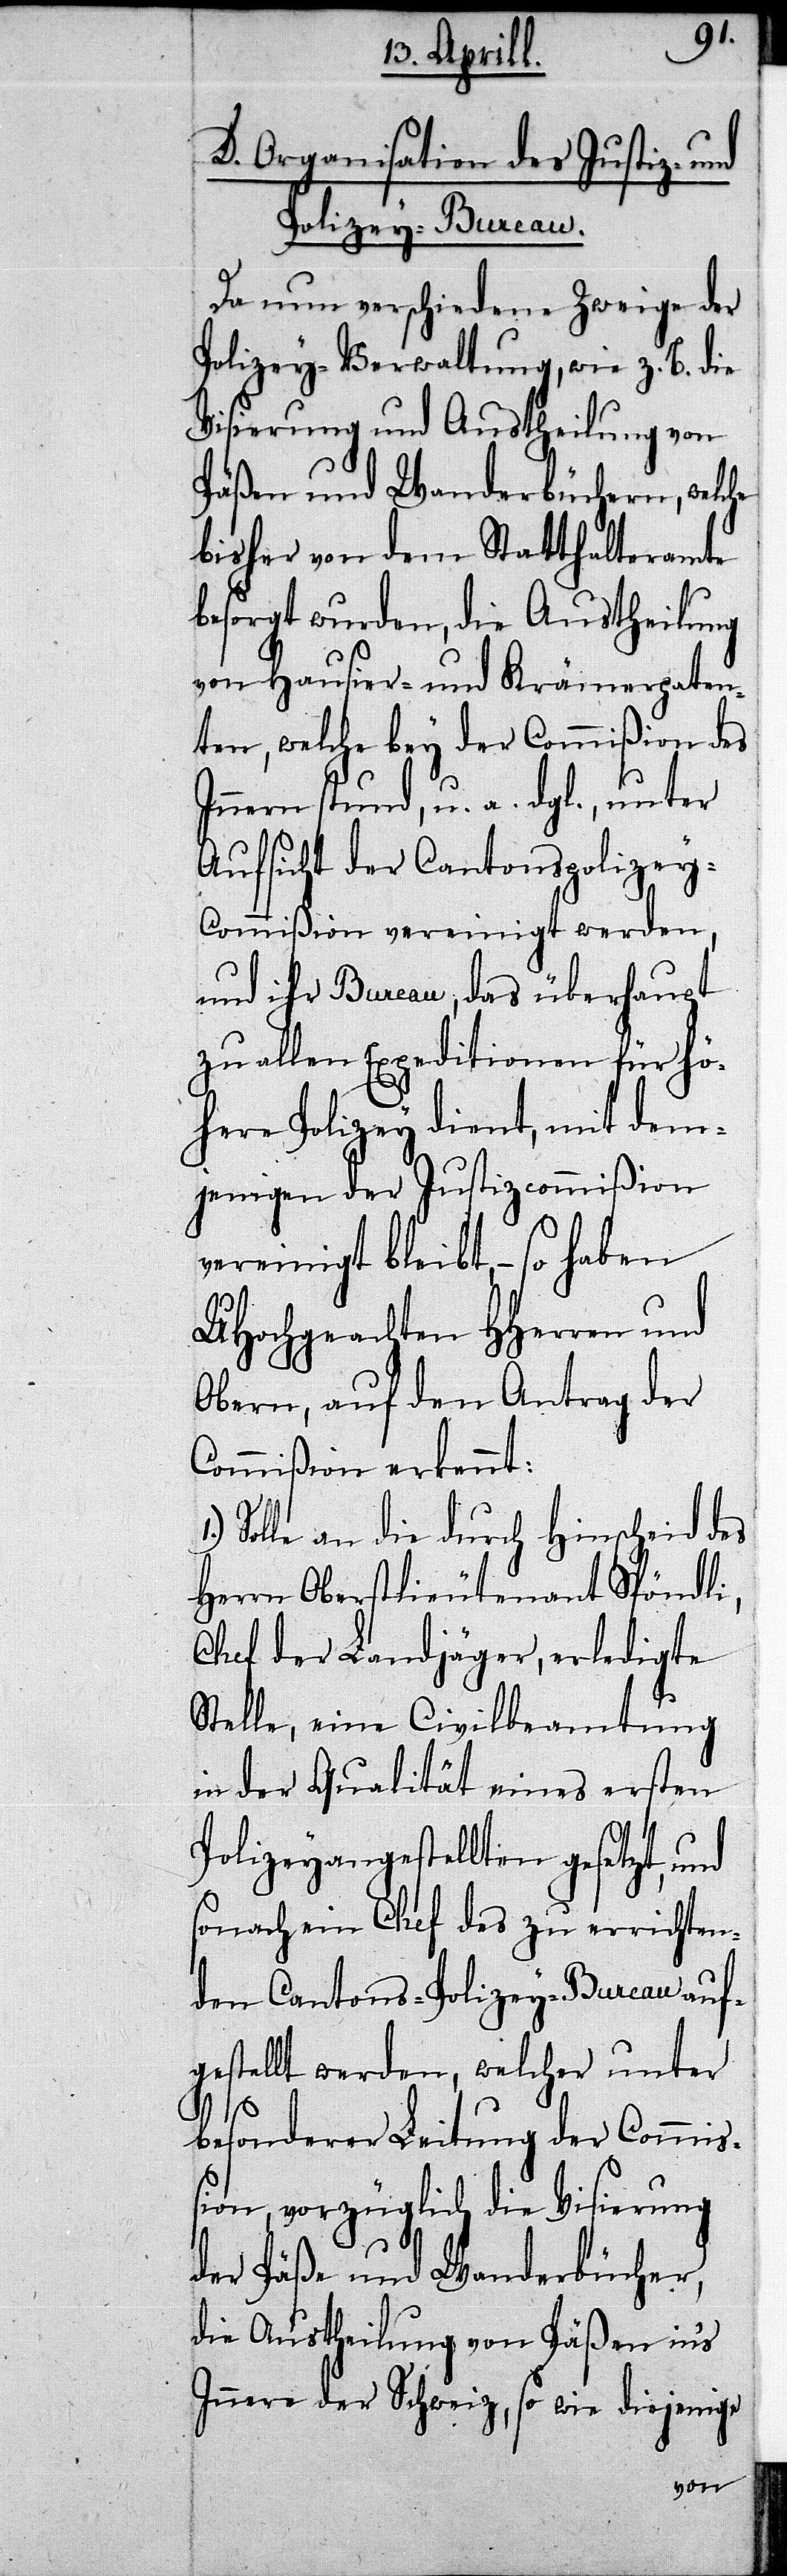
1.)
D. Organisation des Justiz- und
Polizey-Bureau.
Da nun verschiedene Zweige der
Polizey-Verwaltung, wie z.B. die
Visierung und Austheilung von
Päßen und Wanderbüchern, welche
bisher von dem Statthalteramte
besorgt wurden, die Austheilung
von Hausier- und Krämerpaten¬
ten, welche bey der Commißion des
Innern stund, u. a. dgl., unter
Aufsicht der Cantonspolizey-C¬
ommißion vereinigt werden,
und ihr Bureau, das überhaupt
zu allen Expeditionen für hö¬
here Polizey dient, mit dem¬
jenigen der Justizcommißion
vereinigt bleibt,– so haben
UHochgeachten HHerren und
Obern, auf den Antrag der
Commißion erkannt:
Solle an die durch Hinscheid des
Herrn Oberstlieutenant Spöndli,
Chef der Landjäger, erledigte
Stelle, eine Civilbeamtung
in der Qualität eines ersten
Polizeyangestellten gesetzt, und
sonach ein Chef des zu errichten¬
den Cantons-Polizey-Bureau auf¬
gestellt werden, welcher unter
besonderer Leitung der
Commiß¬
ion, vorzüglich die Visierung
der Päße und Wanderbücher,
die Austheilung von Päßen in’s
Innere der Schweiz, so wie diejenige